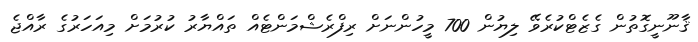
ޤާނޫނީގޮތުން ގެޒެޓްކުރެވޭ ލިޔުން 700 މީހުންނަށް ރިފްރެޝްމަންޓެއް ތައްޔާރު ކުރުމަށް މިއަހަރުގެ ރާއްޖެ